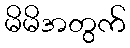
မိမိအတွက်